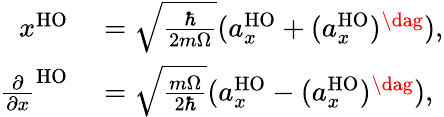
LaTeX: \begin{array}{rl}{x^{\mathrm{HO}}}&{{}=\sqrt{\frac{\hbar}{2m\Omega}}(a_{x}^{\mathrm{HO}}+(a_{x}^{\mathrm{HO}})^{\dag}),}\\ {\frac{\partial}{\partial x}^{\mathrm{HO}}}&{{}=\sqrt{\frac{m\Omega}{2\hbar}}(a_{x}^{\mathrm{HO}}-(a_{x}^{\mathrm{HO}})^{\dag}),}\end{array}